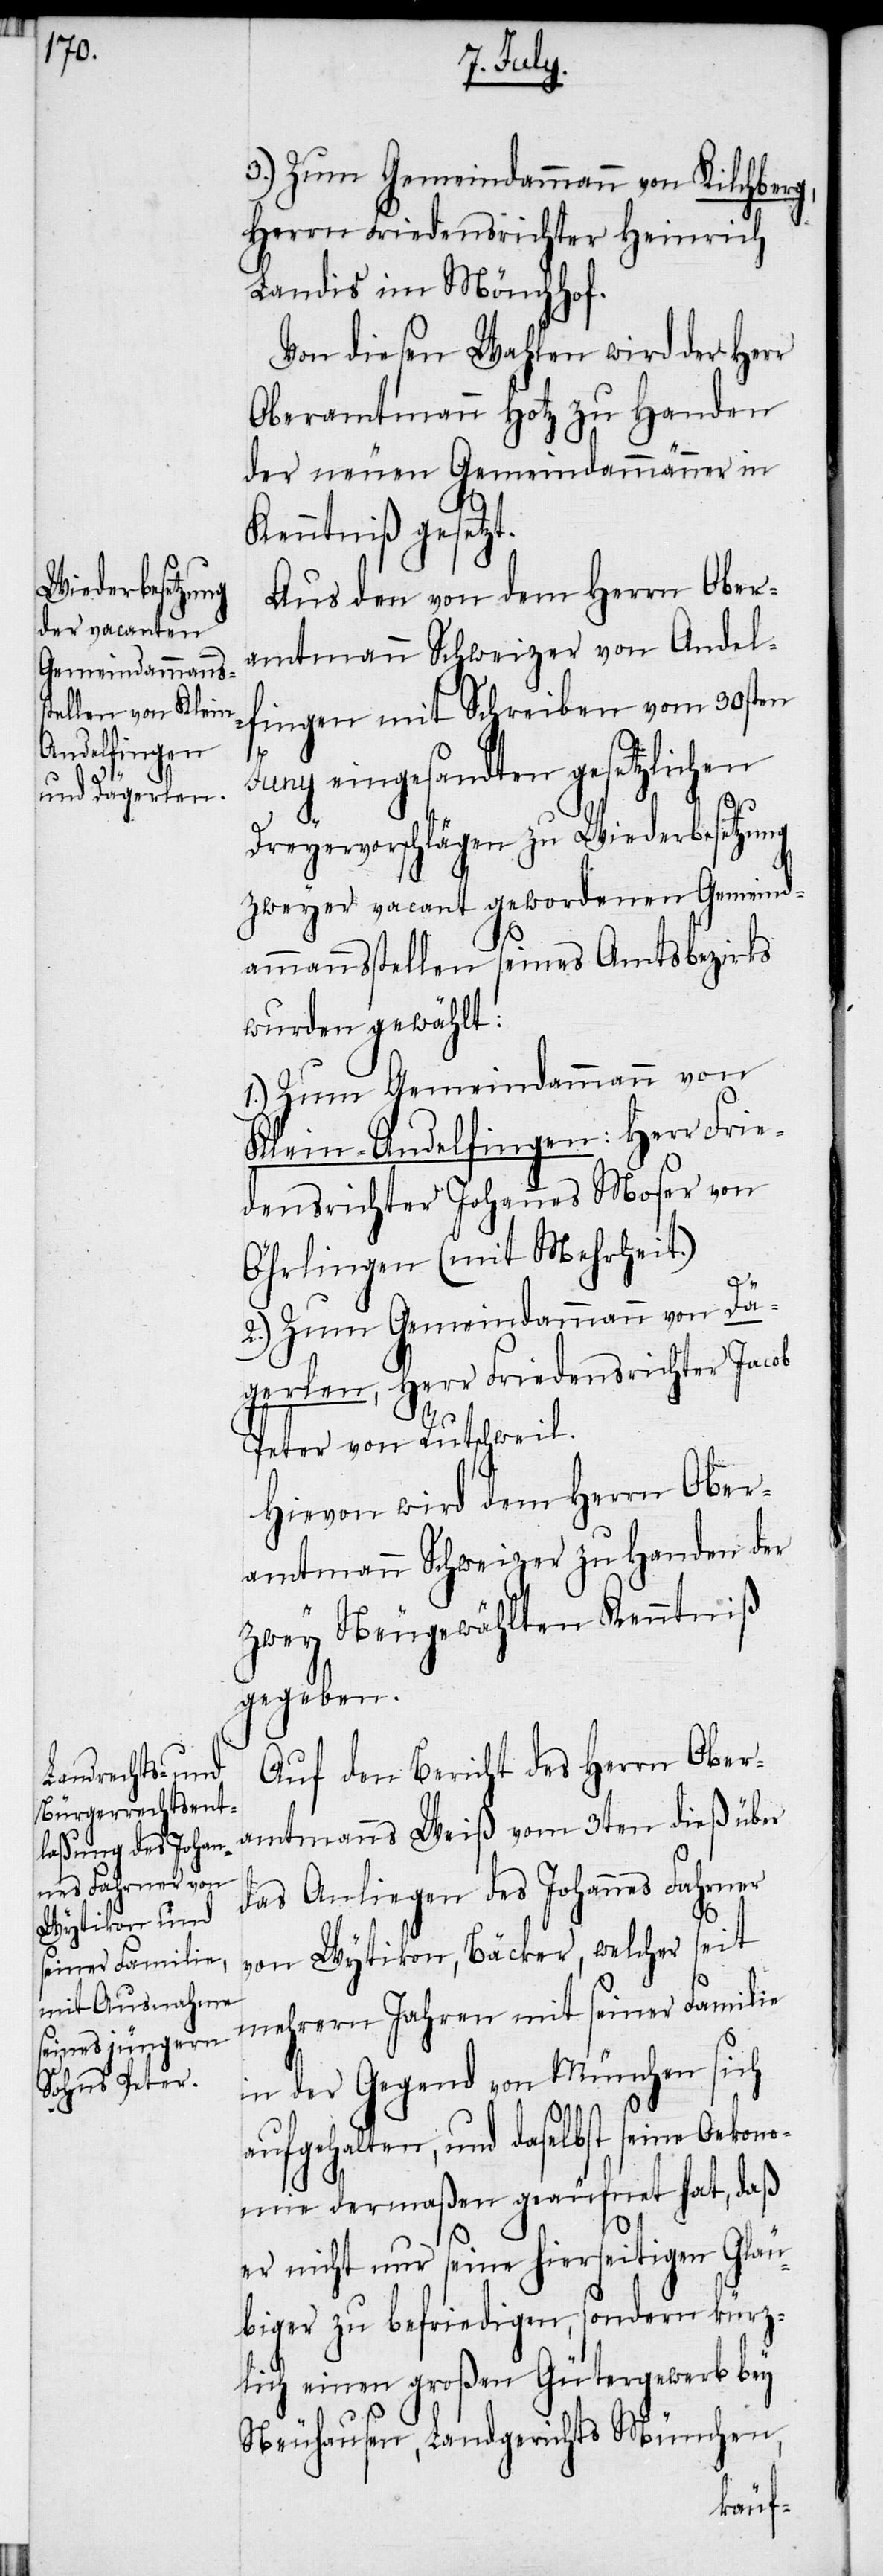
3.) Zum Gemeindammann von Kilchberg,
Herrn Friedensrichter Heinrich
Landis im Mönchhof.
Von diesen Wahlen wird der Herr
Oberamtmann Hotz zu Handen
der neuen Gemeindammänner in
Kenntniß gesetzt.
Aus den von dem Herrn Ober¬
amtmann Schweizer von Andel¬
fingen mit Schreiben vom 30sten
Juny eingesandten gesetzlichen
Dreyervorschlägen zu Wiederbesetzung
zweyer vacant gewordenen Gemeind¬
ammannsstellen seines Amtsbezirks,
wurden gewählt:
1.) Zum Gemeindammann von
Klein-Andelfingen: Herr Frie¬
densrichter Johannes Moser von
Öhrlingen (mit Mehrheit.)
2.) Zum Gemeindammann von Dä¬
gerlen, Herr Friedensrichter Jacob
Peter von Rutschweil.
Hievon wird dem Herrn Ober¬
amtmann Schweizer zu Handen der
zwey Neugewählten Kenntniß
gegeben.
Auf den Bericht des Herrn Ober¬
amtmanns Weiß vom 3ten dieß über
das Anliegen des Johannes Fahrner
von Wytikon, Bäcker, welcher seit
mehrern Jahren mit seiner Familie
in der Gegend von München sich
aufgehalten, und daselbst seine Oekono¬
mie dermaßen geäufnet hat, daß
er nicht nur seine hierseitigen Gläu¬
biger zu befriedigen, sondern kürz¬
lich einen großen Gütergewerb bey
Neuhausen, Landgerichts München,